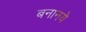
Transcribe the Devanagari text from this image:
बनानये